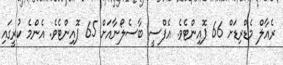
ރެއާލް މެޑްރިޑަށް 66 ޕޮއިންޓެވެ. އެފްސީ ބާސެލޯނާއަށް 65 ޕޮއިންޓެވެ. އެންމެ ކުރީގައި